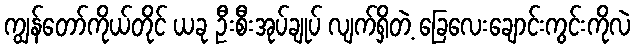
ကျွန်တော်ကိုယ်တိုင် ယခု ဦးစီးအုပ်ချုပ် လျက်ရှိတဲ့ ခြေလေးချောင်းကွင်းကိုလဲ